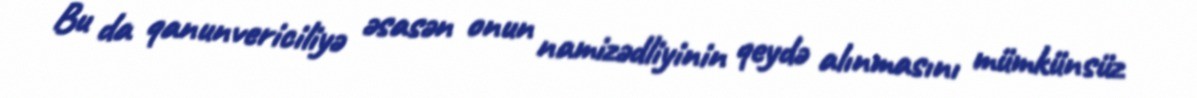
Bu da qanunvericiliyə əsasən onun namizədliyinin qeydə alınmasını mümkünsüz